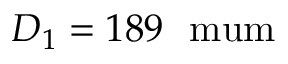
D _ { 1 } = 1 8 9 ~ \mathrm { \ m u m }